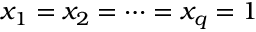
x _ { 1 } = x _ { 2 } = \dots = x _ { q } = 1